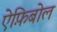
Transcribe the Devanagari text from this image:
ऐफ़िबोल